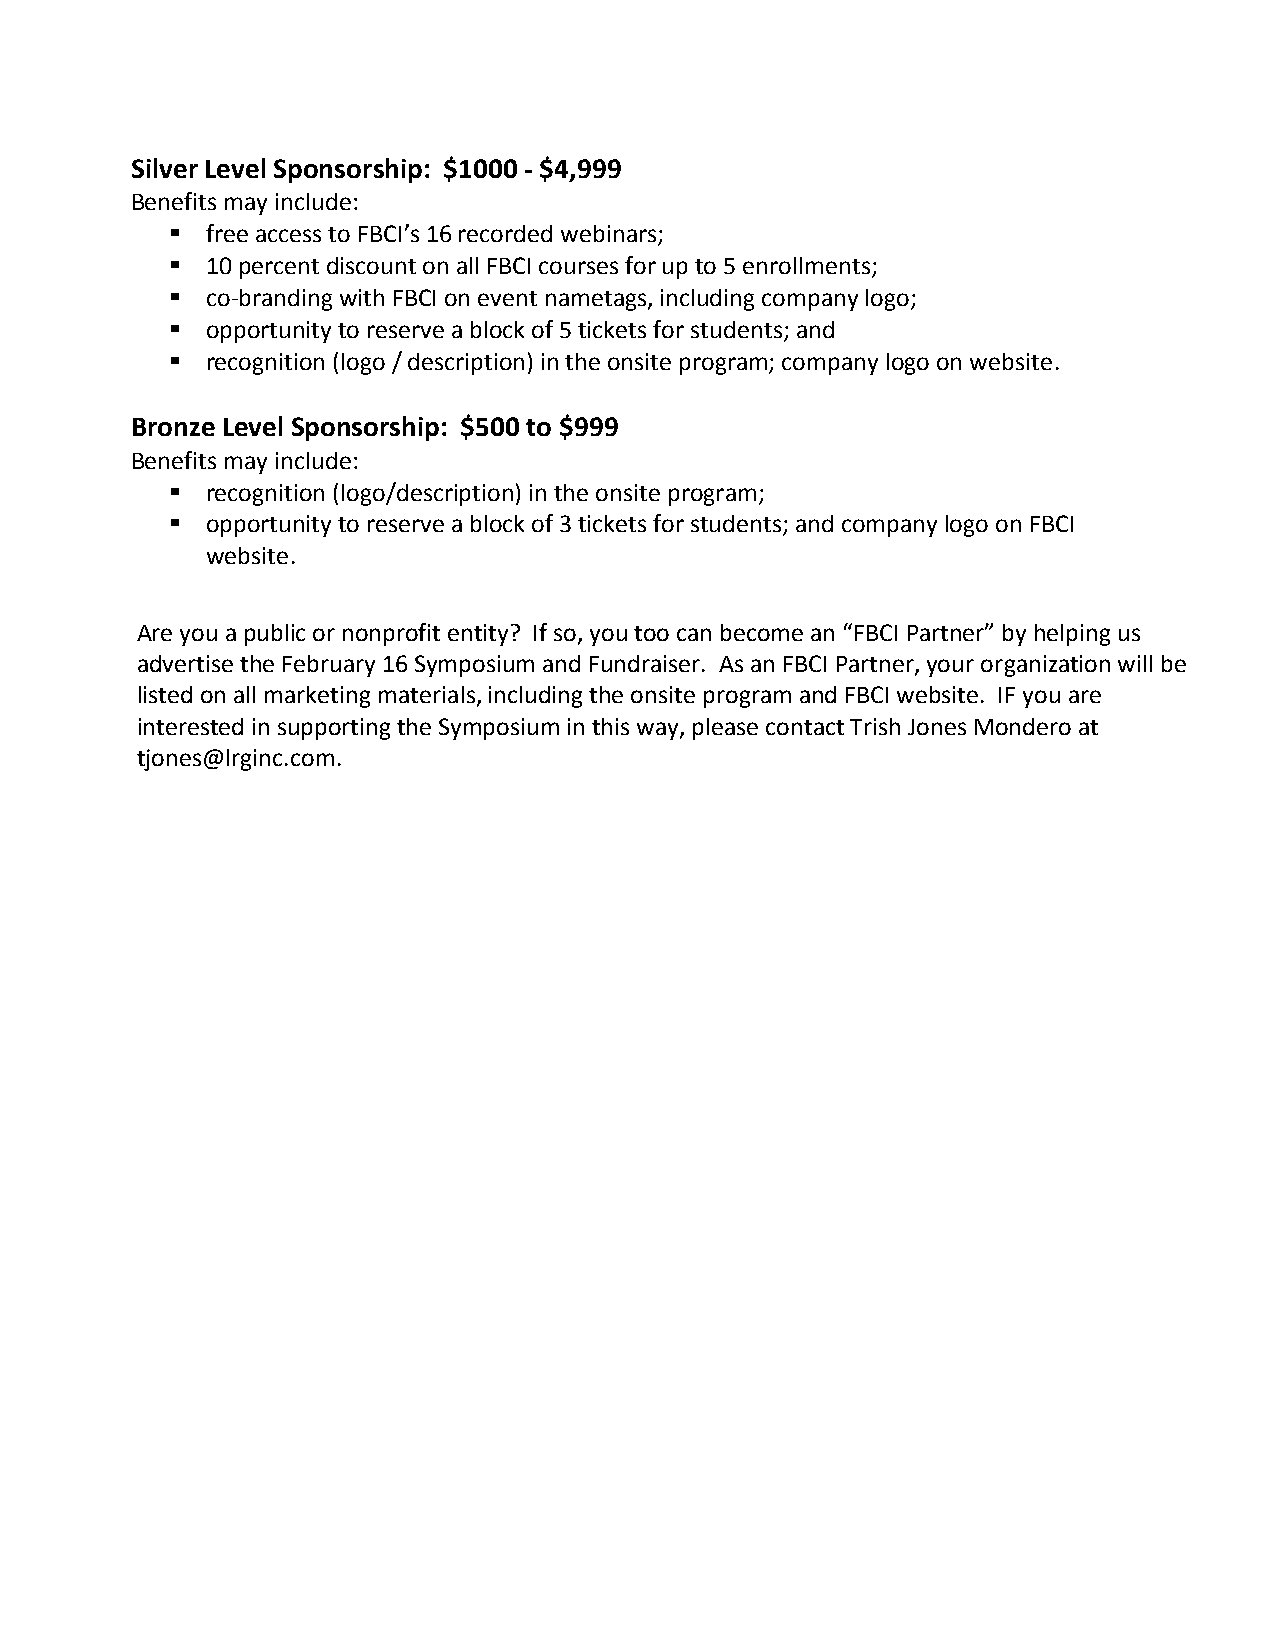
Silver Level Sponsorship: $1000 - $4,999
 Benefits may include:
   free access to FBCI’s 16 recorded webinars;
   10 percent discount on all FBCI courses for up to 5 enrollments;
   co-branding with FBCI on event nametags, including company logo;
   opportunity to reserve a block of 5 tickets for students; and
   recognition (logo / description) in the onsite program; company logo on website.
 Bronze Level Sponsorship: $500 to $999
 Benefits may include:
   recognition (logo/description) in the onsite program;
   opportunity to reserve a block of 3 tickets for students; and company logo on FBCI
 website.
 Are you a public or nonprofit entity? If so, you too can become an “FBCI Partner” by helping us
 advertise the February 16 Symposium and Fundraiser. As an FBCI Partner, your organization will be
 listed on all marketing materials, including the onsite program and FBCI website. IF you are
 interested in supporting the Symposium in this way, please contact Trish Jones Mondero at
 tjones@lrginc.com.